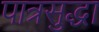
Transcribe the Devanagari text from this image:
पात्रसुद्धा